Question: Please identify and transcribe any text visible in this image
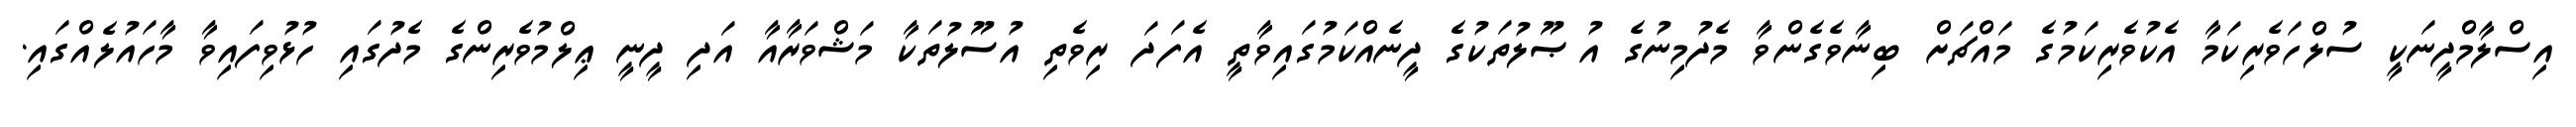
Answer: އިސްލާމްދީނަކީ ސުލްހަވެރިކަމާ އެކުވެރިކަމުގެ މައްޗަށް ބިނާވެގެންވާ މެދުމިނުގެ އުޞޫލުތަކުގެ ދީނެއްކަމުގައިވާތީ އެފަދަ ރިވެތި އުސޫލުތަކާ މަޝްވަރާއާ އަދި ދީނީ ޢިލްމުވެރިންގެ މެދުގައި ހުޅުވިފައިވާ މާހައުލެއްގައި.